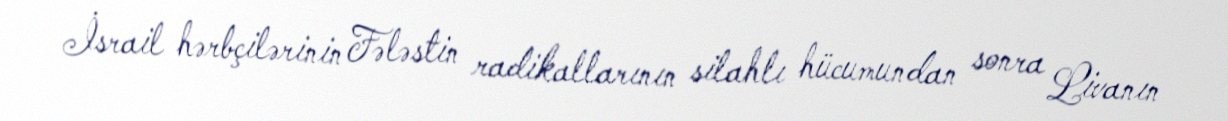
İsrail hərbçilərinin Fələstin radikallarının silahlı hücumundan sonra Livanın